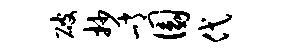
破抄峭圜代